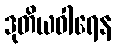
ဒုတိယဝါရေန